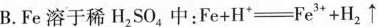
B.Fe溶于稀H_{2}SO_{4}中： $$ Fe+H^{+}=Fe^{3+}+H_{2} \uparrow $$